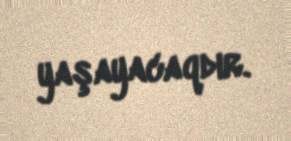
yaşayacaqdır.